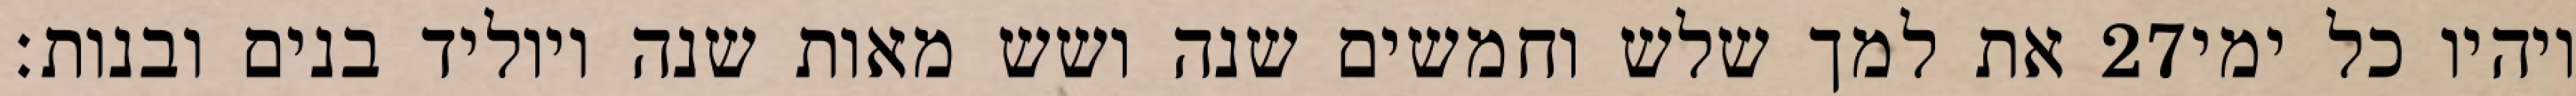
את למך שלש וחמשים שנה ושש מאות שנה ויוליד בנים ובנות׃ ‎27‏ ויהיו כל ימי